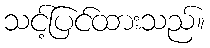
သင့်ပြင်ထားသည်။